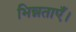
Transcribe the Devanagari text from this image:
भिन्नताएँ।